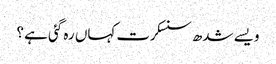
ویسے شدھ سنسکرت کہاں رہ گئی ہے ؟